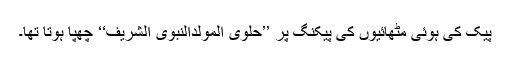
پیک کی ہوئی مٹھائیوں کی پیکنگ پر ’’حلوی المولدالنبوی الشریف‘‘ چھپا ہوتا تھا۔